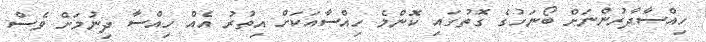
ހިއްސާދާރުންނަށް ބޯނަހުގެ ގޮތުގައި ކޮންމެ ހިއްސާއަކަށް އިތުރު އެއް ހިއްސާ ދިނުމަށް ވެސް